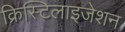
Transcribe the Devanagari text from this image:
क्रिस्टिलाइजेशन